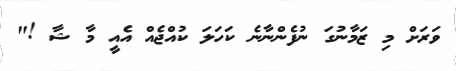
ވަރަށް މި ޒަމާނުގަ ނުފެންނާނެ ކަހަލަ ކުއްޖެއް އެއީ މާ ޝާ !"